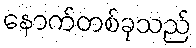
နောက်တစ်ခုသည်